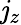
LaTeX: \mathit{j}_{z}